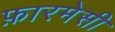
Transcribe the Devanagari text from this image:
फ़ारमेसी